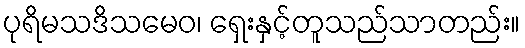
ပုရိမသဒိသမေဝ၊ ရှေးနှင့်တူသည်သာတည်း။